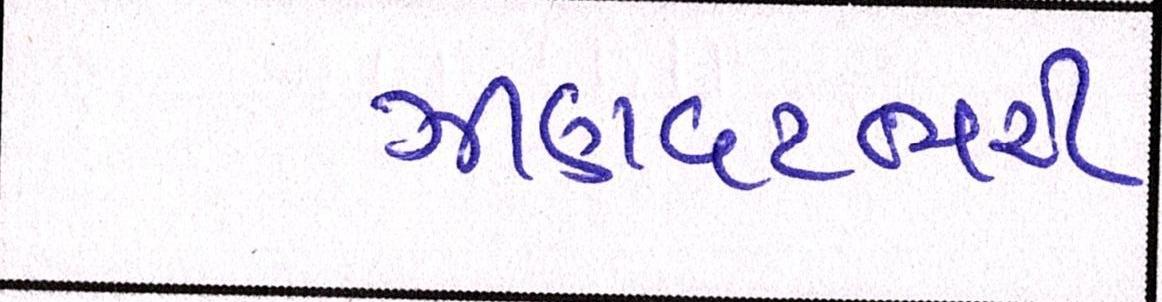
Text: ઝીણવટભરી